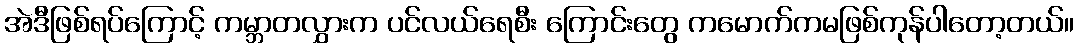
အဲဒီဖြစ်ရပ်ကြောင့် ကမ္ဘာတလွှားက ပင်လယ်ရေစီး ကြောင်းတွေ ကမောက်ကမဖြစ်ကုန်ပါတော့တယ်။